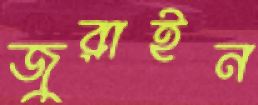
জুরাইন